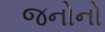
જનોનો